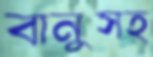
বানুসহ